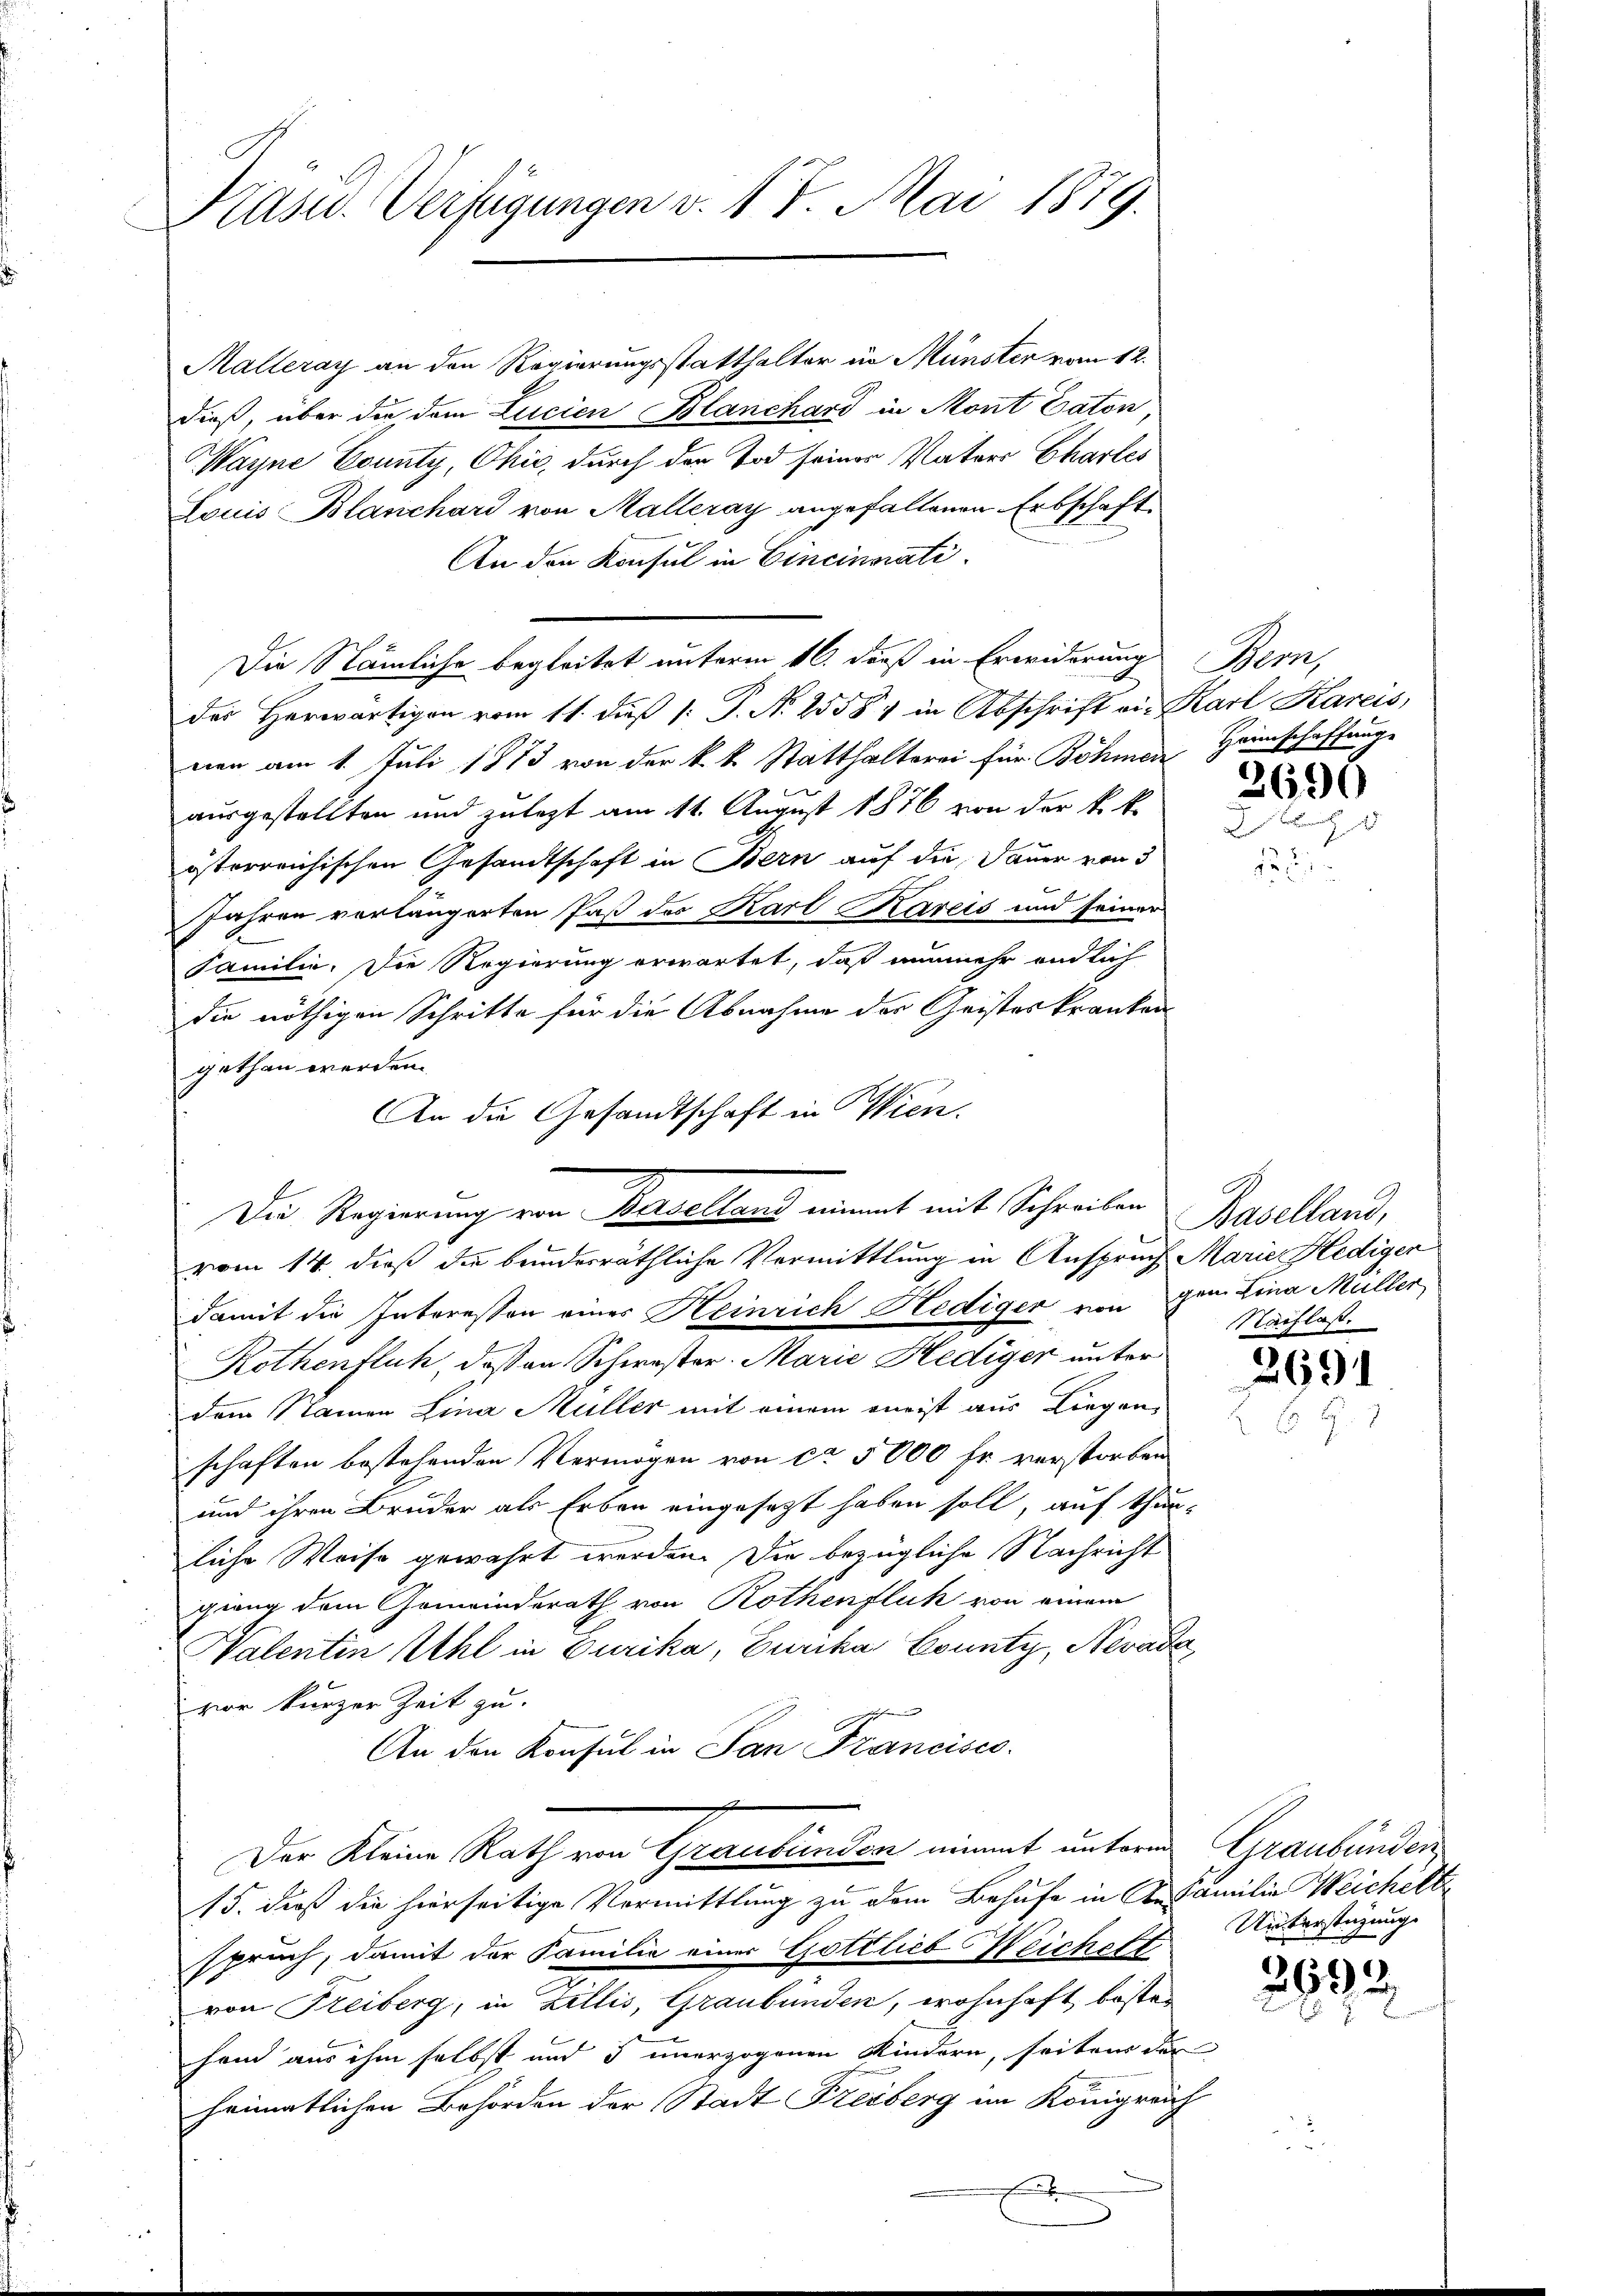
Präsid. Verfügungen v. 17 Mai 1879.

Malleray an den Regierungsstatthalter in Münster vom 12.
dieß, über der dem Lucien Blanchard in Mont Daton,
Wayne County, Okić, durch den Tod seiner Vaters Chartes
Louis Blanchard von Malleray angefallenen Erbschaft
An den Konsul in Cincinnati
Die Nämliche begleitet unterm 16. daß in Erwiderung
des Herwärtigen vom 11. daß [: P. N. 25584 in Abschrift ein Karl Kareis,
nen am 1. Juli 1873 von der k. k. Statthalterei für Böhmen
ausgestellten und zulegt am 11. August 1876 von der k. k.
österreichischen Gesandtschaft in Bern auf die Dauer von 3
Jahren vorlängerten Paß des Karl Kareis und seiner
Familie. Die Regierung erwartet, daß nunmehr endlich
die nöthigen Schritte für die Abnahme der Geistes kranken
gethan werden.
An die Gesandtschaft in Wien.
vom 14. dieß die bunderräthliche Vermittlung in Anspruch Marie Hedigen
damit die Interessen eines Heinrich Hediger von gen Lina Müller
Rothenfluh, daß an Schwester. Marie Hediger unter
dem Namen Lina Müller mit einem meist aus Liegenschaften bestehenden Vermögen von ca 5000 fr verstorben
und ihren Bruder als Erben eingesetzt haben soll, auf thun-
liche Weise gewährt werden. Die bezügliche Nachricht
gang dem Gemeinderath von Rothenflich von einem
Valentin Uhl in Eurika, Eurika, County, Nevada
vor kurzer Zeit zu.
An den Konsul in San Francisco
Der Kleine Rath von Graubünden nimmt unterm
15. daß die hierseitige Vermittlung zu dem Behufe in A. Familie Weichelt
spruch, damit der Familie einer Gottlieb Weichelt
von Freiberg, in Zillis, Graubünden, wohnhaft, besten
hand aus ihm selbst und s unerzogenen Kindern, seiten der
heimatlichen Behörden der Stadt Freiberg im Königrenz

Der Regierung von Baselland nimmt mit Schreiben Baselland,

Bern,
Heimschaffung

3696

Nachlass.

269

Graubünden
Unterstüzung.

2693.